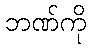
ဘဏ်ကို